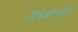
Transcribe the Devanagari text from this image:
शीर्षकांतर्गत